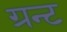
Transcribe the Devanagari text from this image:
ग्रन्ट